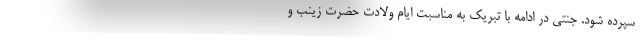
سپرده شود. جنتی در ادامه با تبریک به مناسبت ایام ولادت حضرت زینب و